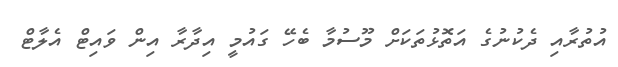
އުތުރާއި ދެކުނުގެ އަތޮޅުތަކަށް މޫސުމާ ބެހޭ ގައުމީ އިދާރާ އިން ވައިޓް އެލާޓް